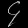
Digit: ၄